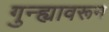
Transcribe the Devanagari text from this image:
गुन्ह्यावरून